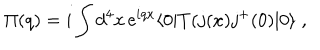
LaTeX: \Pi ( q ) = i \int d ^ { 4 } x \, \mathrm { e } ^ { i q x } \langle 0 | T ( j ( x ) j ^ { + } ( 0 ) | 0 \rangle \; ,